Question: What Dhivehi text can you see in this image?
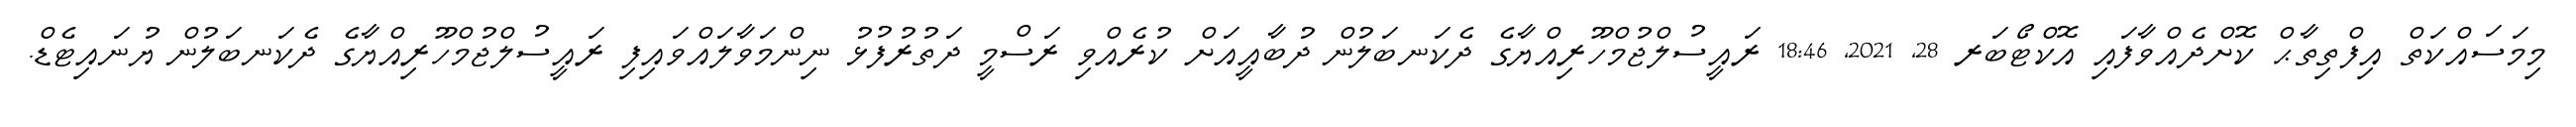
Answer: މިމަސައްކަތް އިފްތިތާޙް ކޮށްދެއްވާފައި އޮކްޓޯބަރ 28, 2021, 18:46 ރައީސުލްޖުމްހޫރިއްޔާގެ ދެކަނބަލުން ދުބާއީއަށް ކުރެއްވި ރަސްމީ ދަތުރުފުޅު ނިންމަވާލައްވައިފި ރައީސުލްޖުމްހޫރިއްޔާގެ ދެކަނބަލުން ޔުނައިޓެޑް.